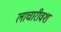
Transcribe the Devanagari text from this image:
लाचारीवश